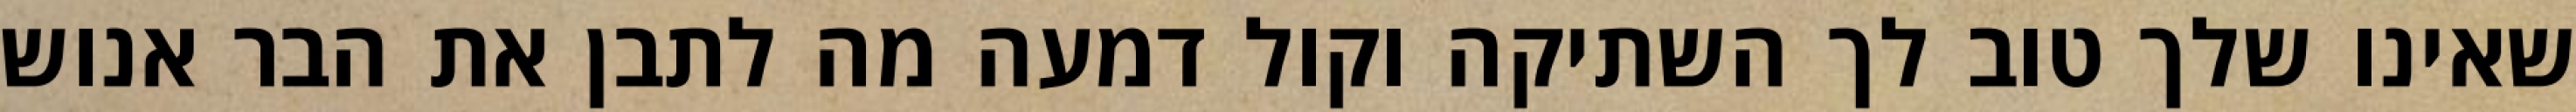
שאינו שלך טוב לך השתיקה וקול דמעה מה לתבן את הבר אנוש